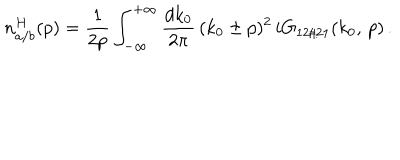
LaTeX: n _ { a / b } ^ { H } ( p ) = \frac { 1 } { 2 p } \int _ { - \infty } ^ { + \infty } \frac { d k _ { 0 } } { 2 \pi } \, ( k _ { 0 } \pm p ) ^ { 2 } \, i G _ { 1 2 / 2 1 } ( k _ { 0 } , \, p ) \, .